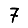
Digit: 7